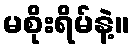
မစိုးရိမ်နဲ့။